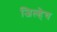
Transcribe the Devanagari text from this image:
जिल्हेच